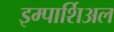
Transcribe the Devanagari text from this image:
इम्पार्शिअल